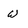
Character: w